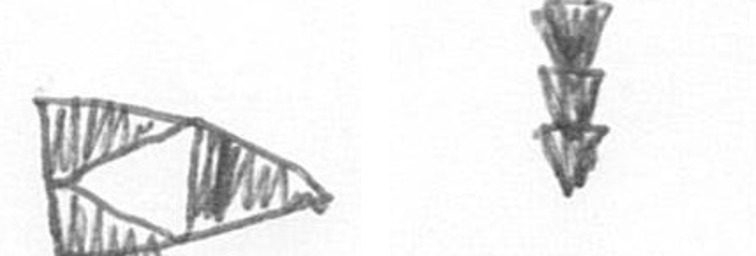
K E